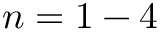
n = 1 - 4